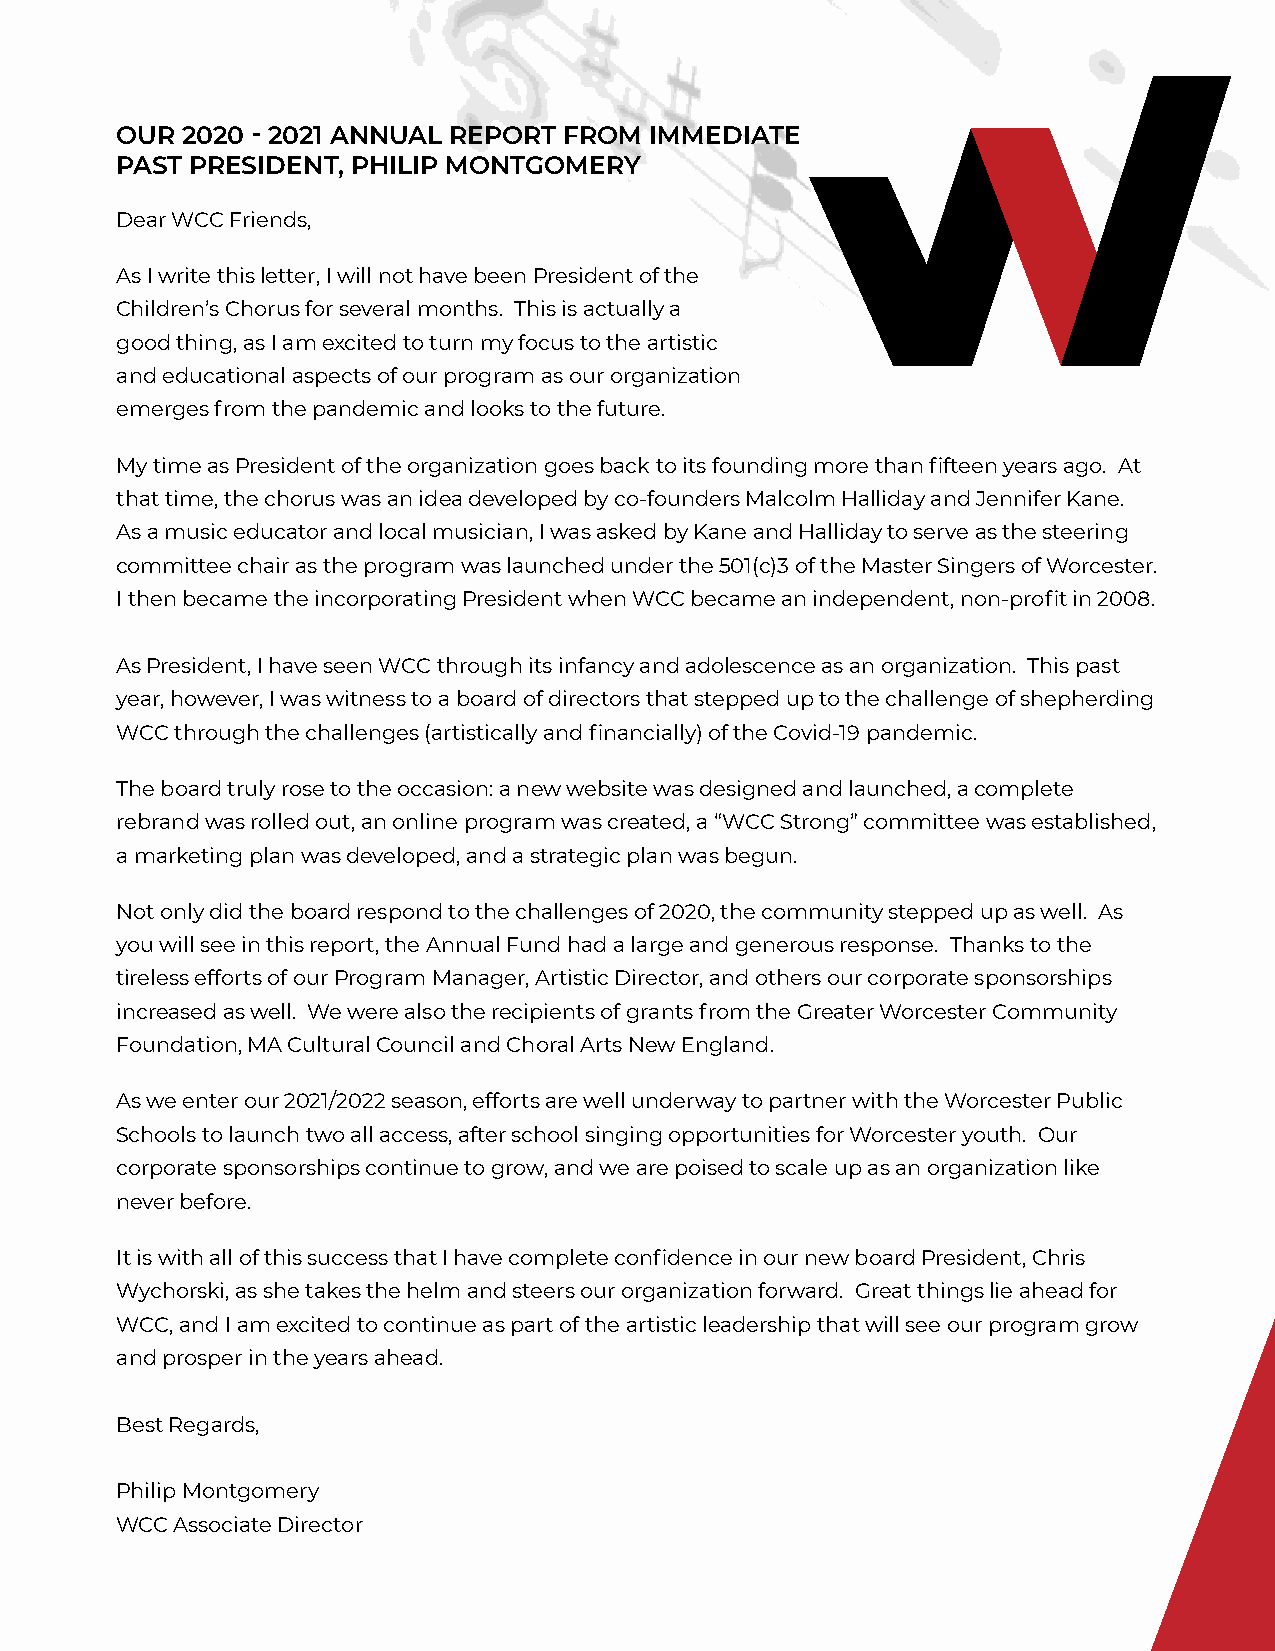
OUR 2020 - 2021 ANNUAL REPORT FROM IMMEDIATE
 PAST PRESIDENT, PHILIP MONTGOMERY
 Dear WCC Friends,
 As I write this letter, I will not have been President of the
 Children’s Chorus for several months. This is actually a
 good thing, as I am excited to turn my focus to the artistic
 and educational aspects of our program as our organization
 emerges from the pandemic and looks to the future.
 My time as President of the organization goes back to its founding more than fifteen years ago. At
 that time, the chorus was an idea developed by co-founders Malcolm Halliday and Jennifer Kane.
 As a music educator and local musician, I was asked by Kane and Halliday to serve as the steering
 committee chair as the program was launched under the 501(c)3 of the Master Singers of Worcester.
 I then became the incorporating President when WCC became an independent, non-profit in 2008.
 As President, I have seen WCC through its infancy and adolescence as an organization. This past
 year, however, I was witness to a board of directors that stepped up to the challenge of shepherding
 WCC through the challenges (artistically and financially) of the Covid-19 pandemic.
 The board truly rose to the occasion: a new website was designed and launched, a complete
 rebrand was rolled out, an online program was created, a “WCC Strong” committee was established,
 a marketing plan was developed, and a strategic plan was begun.
 Not only did the board respond to the challenges of 2020, the community stepped up as well. As
 you will see in this report, the Annual Fund had a large and generous response. Thanks to the
 tireless efforts of our Program Manager, Artistic Director, and others our corporate sponsorships
 increased as well. We were also the recipients of grants from the Greater Worcester Community
 Foundation, MA Cultural Council and Choral Arts New England.
 As we enter our 2021/2022 season, efforts are well underway to partner with the Worcester Public
 Schools to launch two all access, after school singing opportunities for Worcester youth. Our
 corporate sponsorships continue to grow, and we are poised to scale up as an organization like
 never before.
 It is with all of this success that I have complete confidence in our new board President, Chris
 Wychorski, as she takes the helm and steers our organization forward. Great things lie ahead for
 WCC, and I am excited to continue as part of the artistic leadership that will see our program grow
 and prosper in the years ahead.
 Best Regards,
 Philip Montgomery
 WCC Associate Director